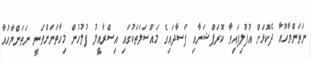
ނަތަންޔާހޫއާ ދެކޮޅަށް އުފުލިފައިވާ ކޮރަޕްޝަނާއި ފަސާދައިގެ މައްސަލަތަކުގައި އިސްރާއީލު ފުލުހުން މިހާތަނަށްވަނީ ނަތަންޔާހުއާ